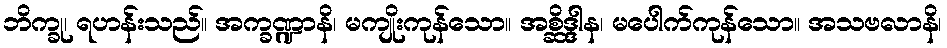
ဘိက္ခု၊ ရဟန်းသည်။ အက္ခဏ္ဍာနိ၊ မကျိုးကုန်သော။ အစ္ဆိဒ္ဒါန၊ မပေါက်ကုန်သော။ အသဗလာနိ၊